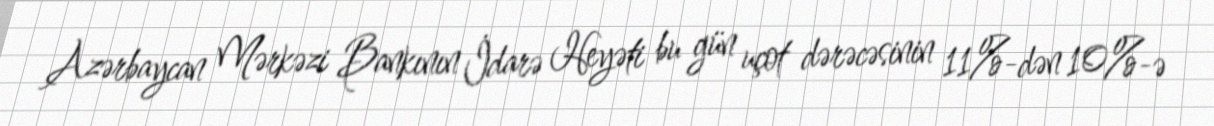
Azərbaycan Mərkəzi Bankının İdarə Heyəti bu gün uçot dərəcəsinin 11%-dən 10%-ə